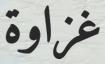
غزاوة